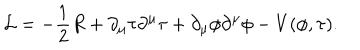
{ \mathcal { L } } = - \frac { 1 } { 2 } R + \partial _ { \mu } \tau \partial ^ { \mu } \tau + \partial _ { \mu } \phi \partial ^ { \mu } \phi - V ( \phi , \tau ) .